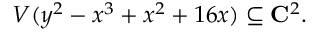
V ( y ^ { 2 } - x ^ { 3 } + x ^ { 2 } + 1 6 x ) \subseteq \mathbf { C } ^ { 2 } .